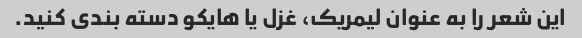
این شعر را به عنوان لیمریک، غزل یا هایکو دسته بندی کنید.